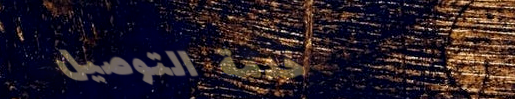
خدمة التوصيل